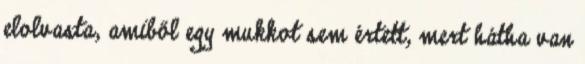
elolvasta, amiből egy mukkot sem értett, mert hátha van